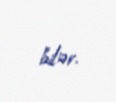
bilər.